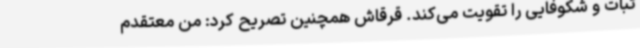
ثبات و شکوفایی را تقویت می‌کند. قرقاش همچنین تصریح کرد: من معتقدم